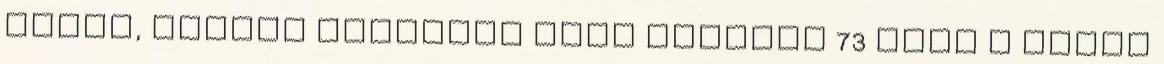
tartó, súlyos betegség után szerdán 73 éves A világ